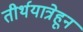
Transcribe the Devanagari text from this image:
तीर्थयात्रेहून